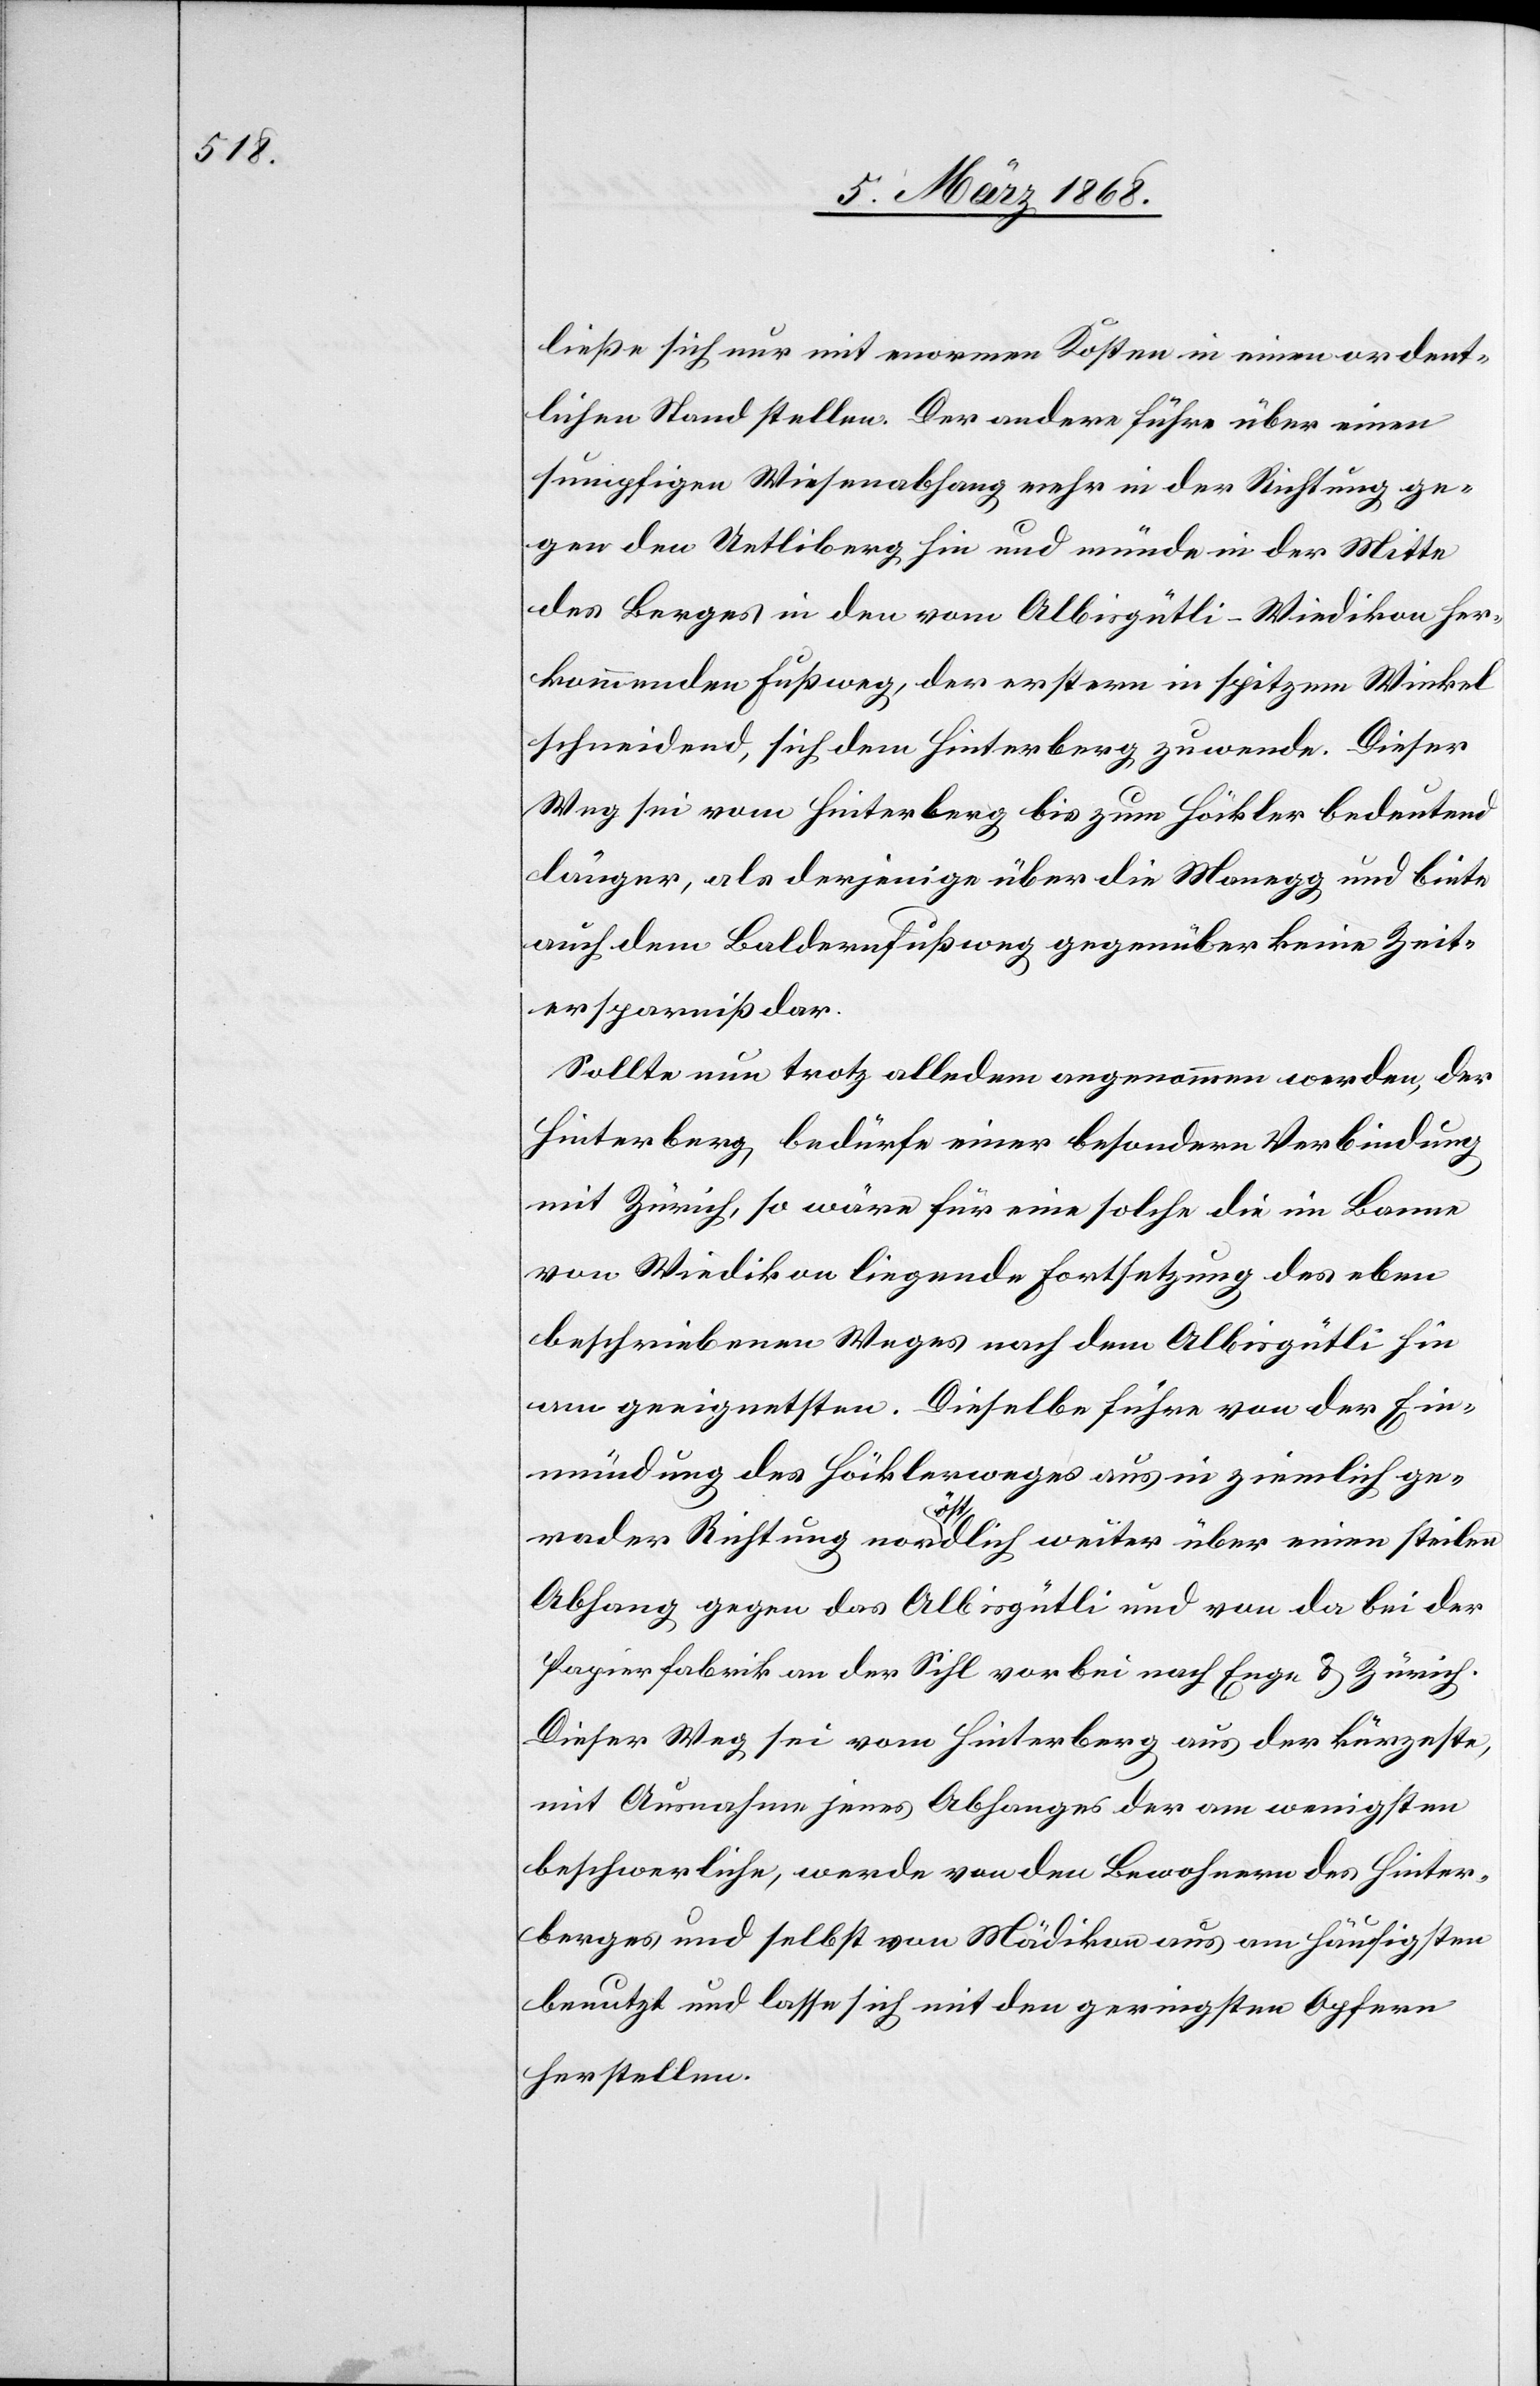
ließe sich nur mit enormen Kosten in einen ordent¬
lichen Stand stellen. Der andere führe über einen
sumpfigen Wiesenabhang mehr in der Richtung ge¬
gen den Uetliberg hin und münde in der Mitte
des Berges in den vom Albisgütli-Wiedikon her¬
kommenden Fußweg, der erstern in spitzem Winkel
schneidend, sich dem Hinterberg zuwende. Dieser
Weg sei vom Hinterberg bis zum Höckler bedeutend
länger, als derjenige über die Manegg und biete
auch dem Baldernfußweg gegenüber keine Zeit¬
ersparniß dar.
Sollte nun trotz alledem angenommen werden, der
Hinterberg, bedürfe einer besondern Verbindung
mit Zürich, so wäre für eine solche die im Banne
von Wiedikon liegende Fortsetzung des eben
beschriebenen Weges nach dem Albisgütli hin
am geeignetsten. Dieselbe führe von der Ein¬
mündung des Höcklerweges aus in ziemlich ge¬
rader Richtung nordöstlich weiter über einen steilen
Abhang gegen das Albisgütli und von da bei der
Papierfabrik an der Sihl vorbei nach Enge & Zürich.
Dieser Weg sei vom Hinterberg aus der kürzeste,
mit Ausnahme jenes Abhanges der am wenigsten
beschwerliche, werde von den Bewohnern des Hinter¬
berges und selbst von Mädikon aus am häufigsten
benutzt und lasse sich mit den geringsten Opfern
herstellen.